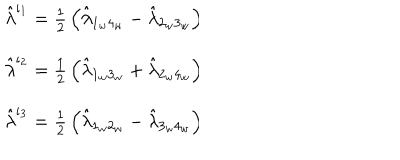
LaTeX: \begin{array} { l } { { \hat { \lambda } ^ { \iota _ { 1 } } = { \frac { 1 } { 2 } } \left( \hat { \lambda } _ { 1 _ { w } 4 _ { w } } - \hat { \lambda } _ { 2 _ { w } 3 _ { w } } \right) } } \\ { { \hat { \lambda } ^ { \iota _ { 2 } } = { \frac { 1 } { 2 } } \left( \hat { \lambda } _ { 1 _ { w } 3 _ { w } } + \hat { \lambda } _ { 2 _ { w } 4 _ { w } } \right) } } \\ { { \hat { \lambda } ^ { \iota _ { 3 } } = { \frac { 1 } { 2 } } \left( \hat { \lambda } _ { 1 _ { w } 2 _ { w } } - \hat { \lambda } _ { 3 _ { w } 4 _ { w } } \right) } } \\ \end{array} \hspace { 5 . 9 c m }